Bombay plague: being a history of the progress of plague in the Bombay presidency from September 1896 to June 1899
Year: 1896
Disease focus: Plague
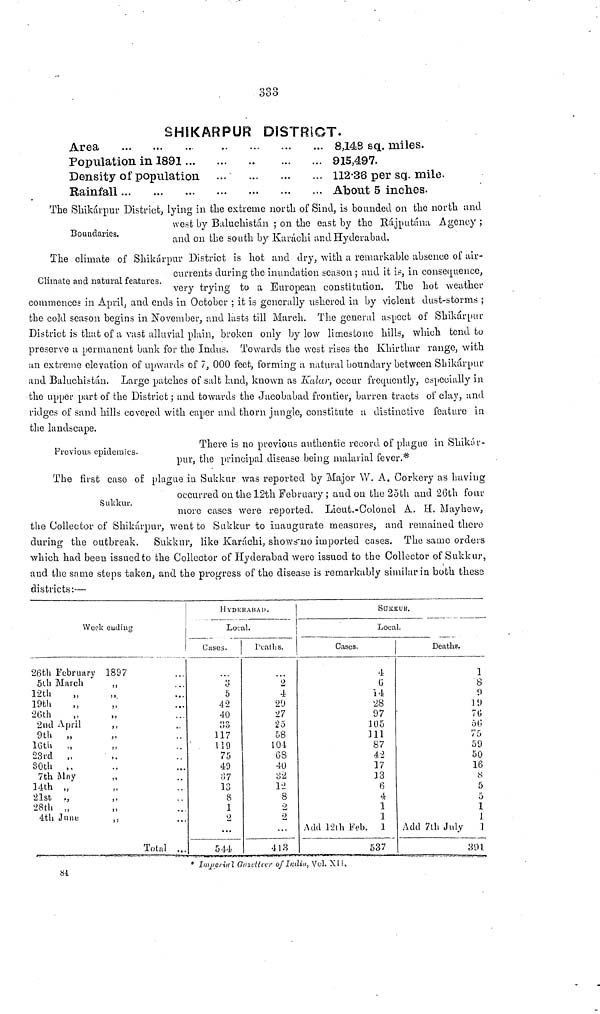
333
SHSKARPUR DISTRICT.
Area
Population in 1881
Density of population ...
Rainfall
8,148 sq. miles.
915,497.
112 38 per sq. mile.
About 5 inches.
Boundaries.
The Shikárpur District, lying in the extreme north of Sind, is bounded on the north and
west by Baluchistán ; on the east by the Rájputána Agency ;
and on the south by Karachi and Hyderabad.
Climate and natural features.
The climate of Shikárpur District is hot and dry, with a remarkable absence of air-
currents during the inundation season ; and it is, in consequence,
very trying to a European constitution. The hot weather
commences in April, and ends in October ; it is generally ushered in by violent dust-storms ;
the cold season begins in November, and lasts till March. The general aspect of Shikárpur
District is that of a vast alluvial plain, broken only by low limestone hills, which tend to
preserve a permanent bank for the Indus. Towards the west rises the Khirthar range, with
an extreme elevation of upwards of 7, 000 feet, forming a natural boundary between Shikárpur
and Baluchistan. Large patches of salt land, known as Kalar, occur frequently, especially in
the upper part of the District; and towards the Jacobabad frontier, barren tracts of clay, and
ridges of sand hills covered with caper and thorn jungle, constitute a distinctive feature in
the landscape.
Previous epidemics.
There is no previous authentic record of plague in Shikár-
pur, the principal disease being malarial fever.*
Sukkur.
The first case of plague in Sukkur was reported by Major W. A. Corkery as having
occurred on the 12th February ; and on the 25th and 26th four
more cases were reported. Lieut.-Colonel A. H. Mayhew,
the Collector of Shikárpur, went to Sukkur to inaugurate measures, and remained there
during the outbreak. Sukkur, like Karachi, shows no imported cases. The same orders
which had been issued to the Collector of Hyderabad were issued to the Collector of Sukkur,
and the same steps taken, and the progress of the disease is remarkably similar in both these
districts:—
Week eudiug
26th February
1897
5th March
,,
12th
19th
26th
2nd April
,,
9th
„
16th
23rd
„
30th
,.
7th May
14th „
21st
,,
,,
28th „
4th June
,,
Total ...
HYDerABAd.
Local.
Cases.
3
5
42
40
117
119
75
49
13
8
1
2
...
544
Peaths.
"2
4
29
27
25
58
104
68
40
12
8
2
2
...
413
SUKKUR.
Local.
Cases.
4
14
28
97
105
111
87
42
17
33
6
4
1
1
Add 12th Feb. 1
537
Deaths.
1
8
9
19
7G
59
50
16
8
5
5
1
Add 7th July
1
391
* Imperial Gazetteer of India. Vol. XII.
81